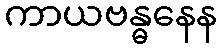
ကာယဗန္ဓနေန